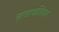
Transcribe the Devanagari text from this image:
तत्वार्थाधिगम